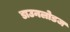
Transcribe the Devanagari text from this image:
डाउनलोडज